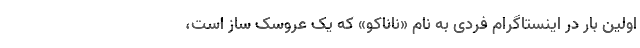
اولین بار در اینستاگرام فردی به نام «ناناکو» که یک عروسک ساز است،